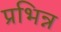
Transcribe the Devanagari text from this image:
प्रभिन्न